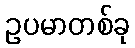
ဥပမာတစ်ခု